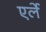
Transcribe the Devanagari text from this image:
एर्ले